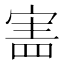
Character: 𡩜